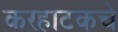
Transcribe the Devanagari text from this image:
करहाटकचे